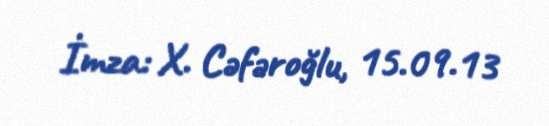
İmza: X. Cəfəroğlu, 15.09.13